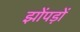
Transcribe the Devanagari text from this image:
झोंपड़ों